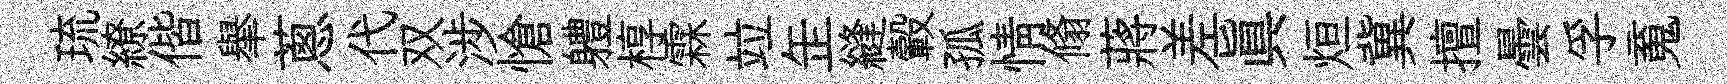
琉繚偕𦦙蔥代双涉愴軆椁霖竝𦈢縫轂孤情翛蔣差眞烜冀擅曇孚䰟